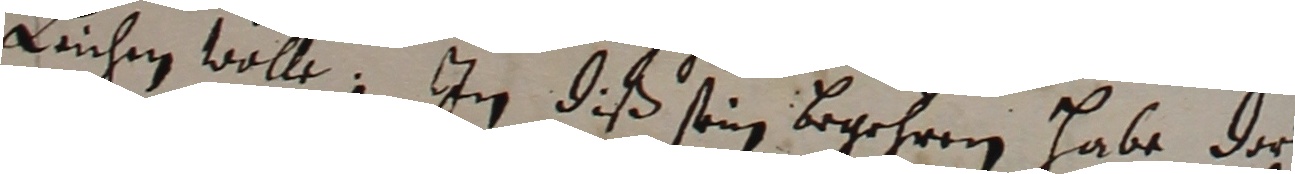
Luchen wolle, Im diß sein begehren habe des